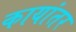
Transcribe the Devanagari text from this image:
कायांतर